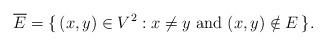
LaTeX: \begin{align*} \overline{E} = \{\, (x, y) \in V^2 : \text{$x \neq y$ and~$(x, y) \notin E$}\,\}.\end{align*}